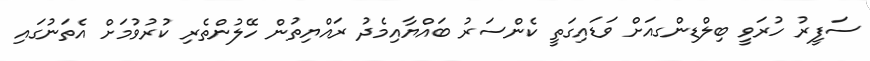
ސަފީރު ހުރަވީ ބިލްޑިންގއަށް ވަޑައިގަތީ ކެންސަރު ބައްޔާއިމެދު ރައްޔިތުން ހޭލުންތެރި ކުރުވުމަށް އެތަނުގައި